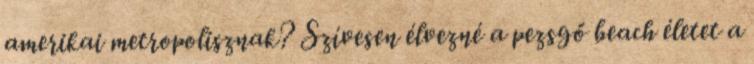
amerikai metropolisznak? Szívesen élvezné a pezsgő beach életet a